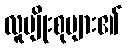
လူမျိုးစုများ၏